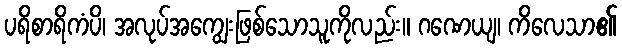
ပရိစာရိကံပိ၊ အလုပ်အကျွေးဖြစ်သောသူကိုလည်း။ ဂဏေယျ၊ ကိလေသာ၏